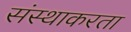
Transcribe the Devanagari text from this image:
संस्थाकरता